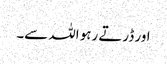
اور ڈرتے رہو اللہ سے۔